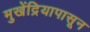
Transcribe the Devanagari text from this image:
मुखेंद्रियापासून